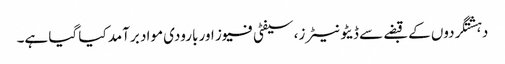
دہشتگردوں کے قبضے سے ڈیٹونیٹرز، سیفٹی فیوز اور بارودی مواد برآمد کیا گیا ہے۔